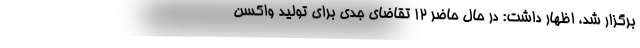
برگزار شد، اظهار داشت: در حال حاضر 12 تقاضای جدی برای تولید واکسن